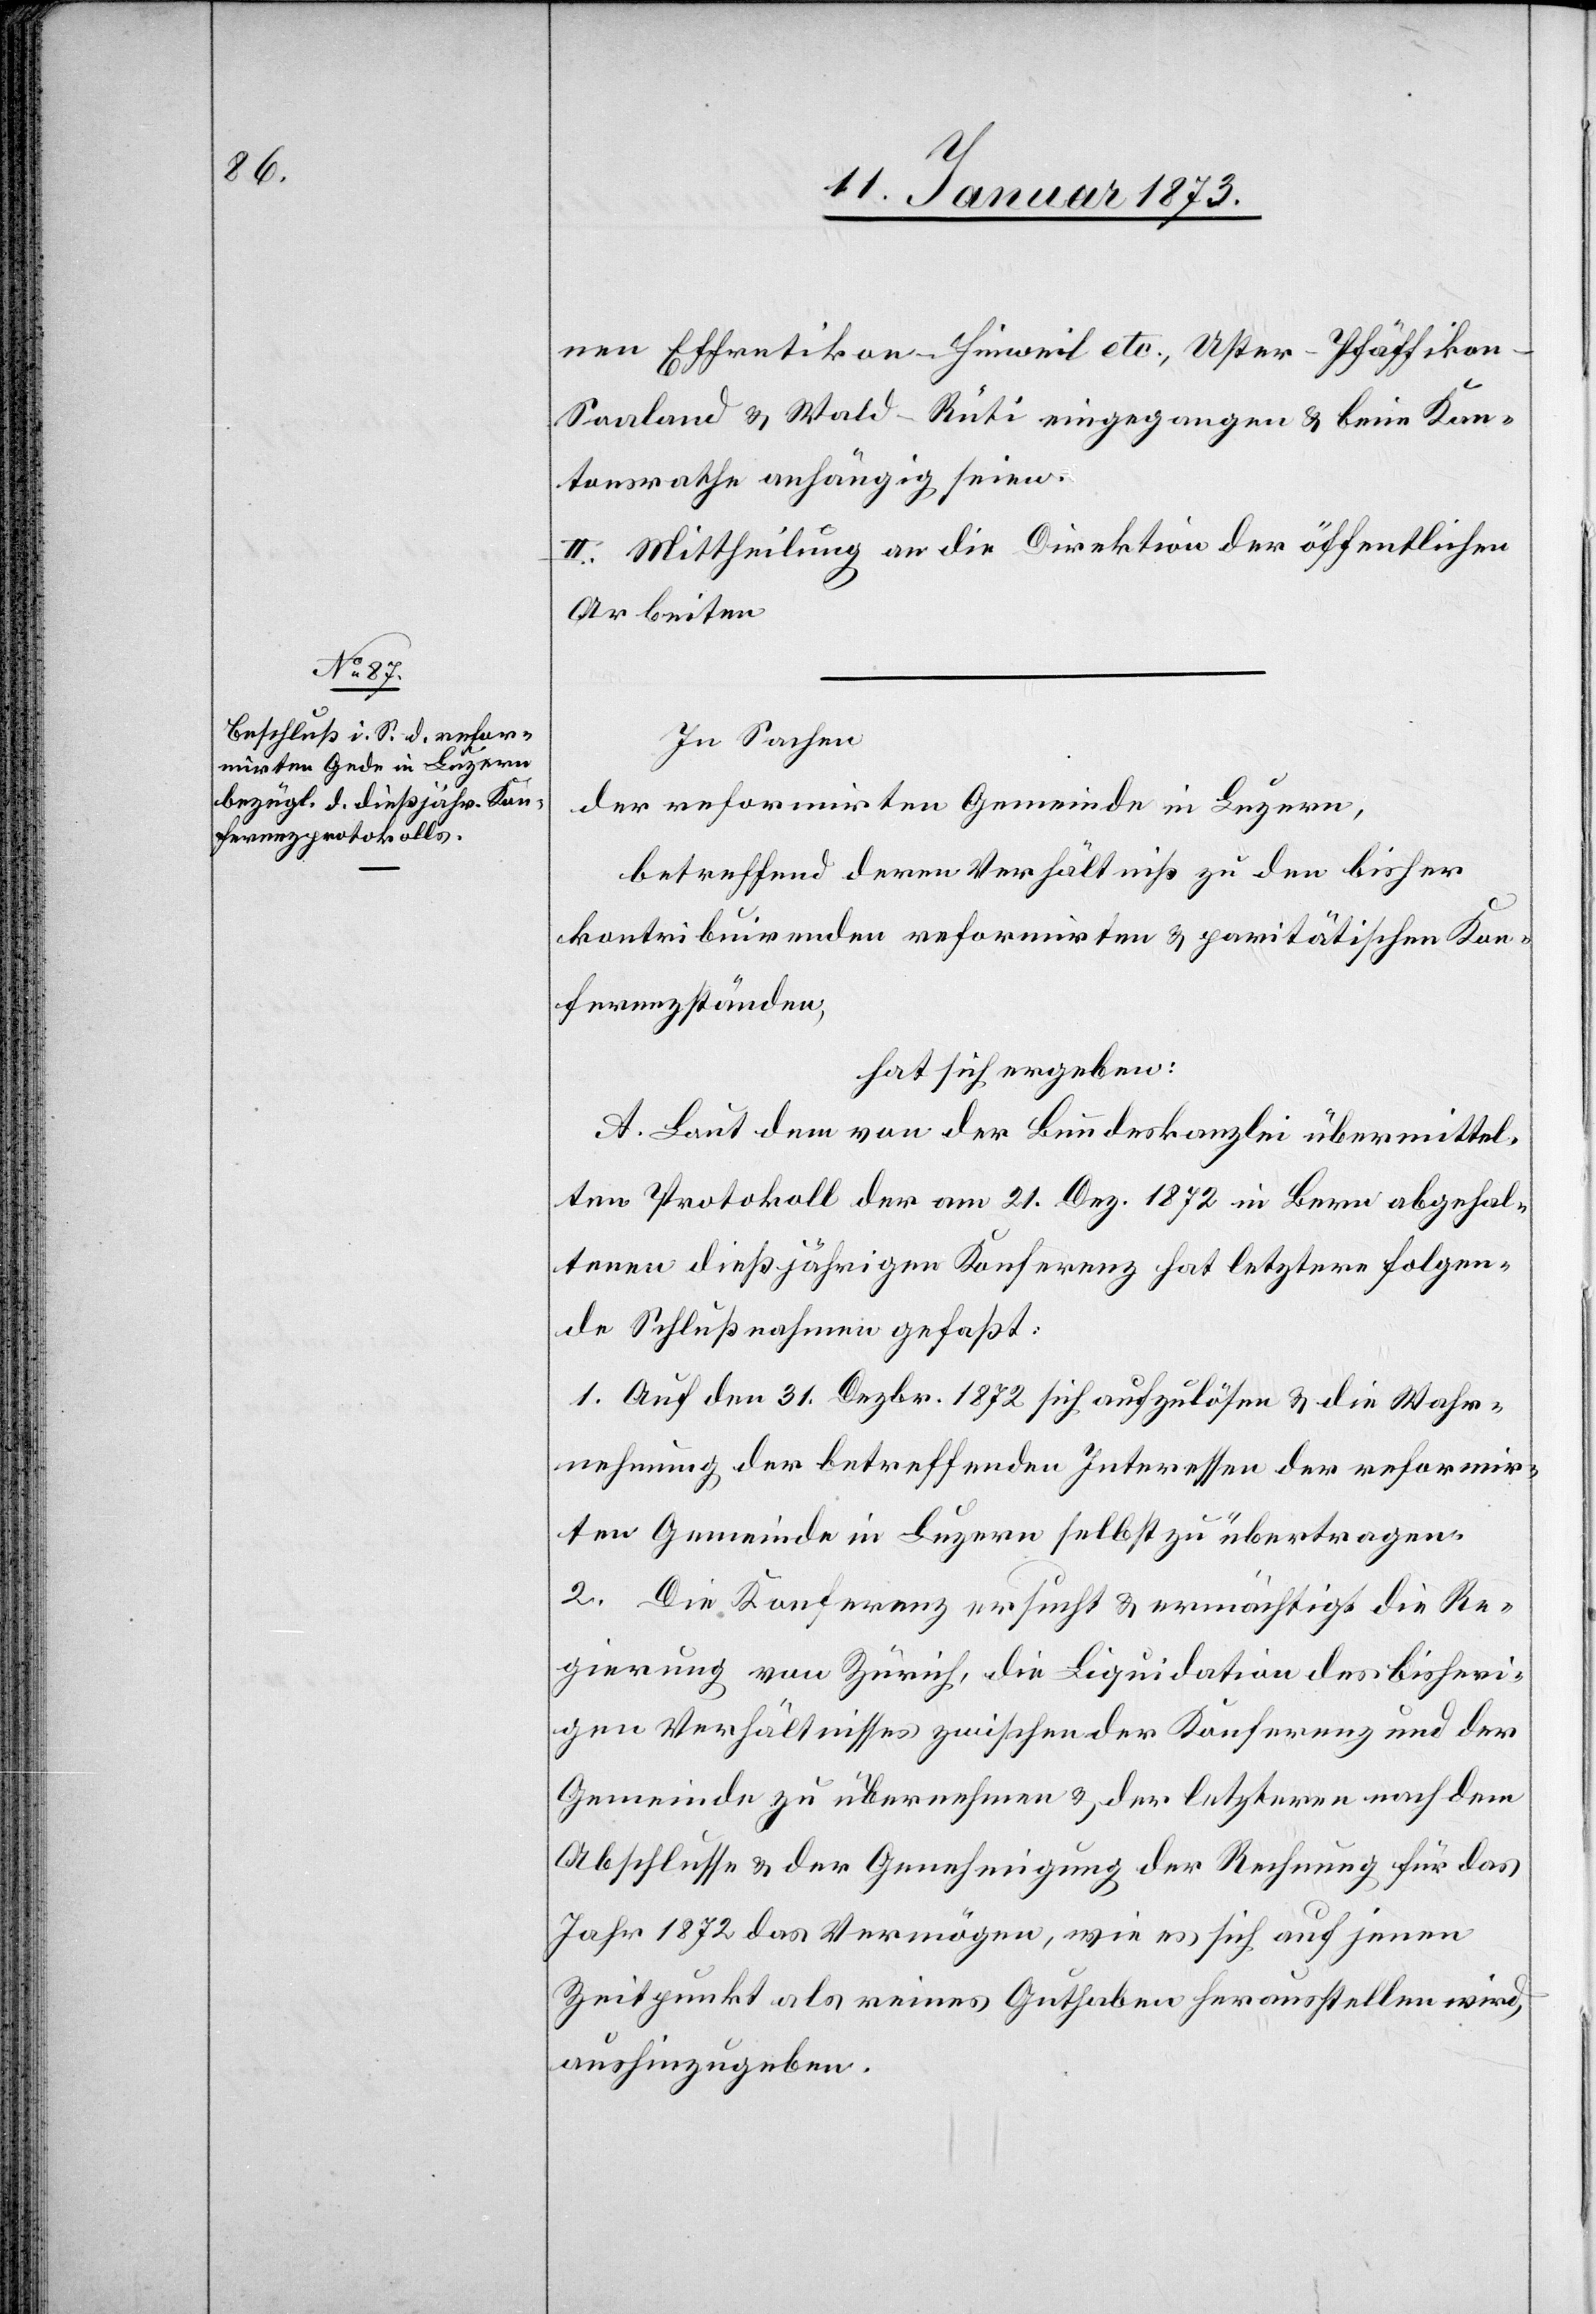
nen Effretikon–Hinweil etc., Uster–Pfäffiko¬
n–Saaland & Wald–Rüti eingegangen & beim Kan¬
tonsrathe anhängig seien.
II. Mittheilung an die Direktion der öffentlichen
Arbeiten.
In Sachen
der reformirten Gemeinde in Luzern,
betreffend deren Verhältniß zu den bisher
kontribuirenden reformirten & paritätischen Kon¬
ferenzständen,
hat sich ergeben:
A. Laut dem von der Bundeskanzlei übermittel¬
ten Protokoll der am 21. Dez. 1872 in Bern abgehal¬
tenen dießjährigen Konferenz hat letztere folgen¬
de Schlußnahmen gefaßt:
1. Auf den 31. Dezbr. 1872 sich aufzulösen & die Wahr¬
nehmung der betreffenden Interessen der reformir¬
ten Gemeinde in Luzern selbst zu übertragen.
2. Die Konferenz ersucht & ermächtigt die Re¬
gierung von Zürich, die Liquidation des bisheri¬
gen Verhältnisses zwischen der Konferenz und der
Gemeinde zu übernehmen & der letzteren nach dem
Abschlusse & der Genehmigung der Rechnung für das
Jahr 1872 das Vermögen, wie es sich auf jenen
Zeitpunkt als reines Guthaben herausstellen wird,
aushinzugeben.